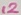
Text: 12